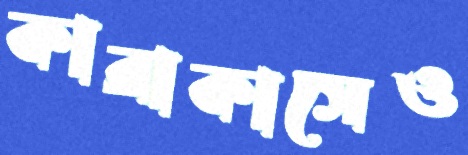
কারাকাসেও